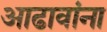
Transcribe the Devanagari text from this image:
आढावांना